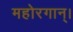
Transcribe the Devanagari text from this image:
महोरगान्।